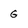
Character: G